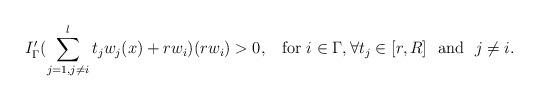
LaTeX: \begin{align*} I_{\Gamma}'(\sum_{j=1, j\neq i}^{l}t_j w_j(x)+rw_i)(rw_i)>0,\,\,\,\hbox{ for } i \in \Gamma, \forall t_j\in[r,R]\ \ \hbox{and}\ \ j\neq i.\end{align*}